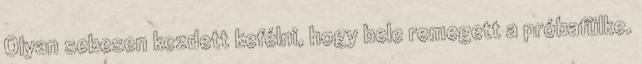
Olyan sebesen kezdett kefélni, hogy bele remegett a próbafülke.